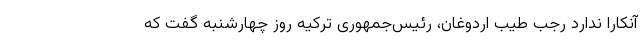
آنکارا ندارد رجب طیب اردوغان، رئیس‌جمهوری ترکیه روز چهارشنبه گفت که